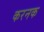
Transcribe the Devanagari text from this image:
करनक